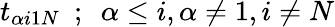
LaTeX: t_{\alpha i1N}~~;~~\alpha\leq i,\alpha\neq 1,i\neq N